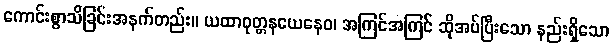
ကောင်းစွာသိခြင်းအနက်တည်း။ ယထာဝုတ္တနယေနေဝ၊ အကြင်အကြင် ဆိုအပ်ပြီးသော နည်းရှိသော